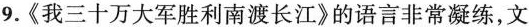
9.《我三十万大军胜利南渡长江》的语言非常凝练，文